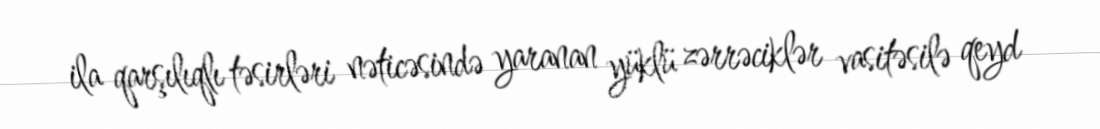
ila qarşılıqlı təsirləri nəticəsində yaranan yüklü zərrəciklər vasitəsilə qeyd